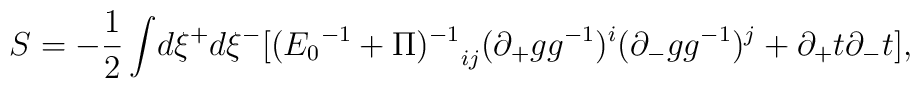
S = -\frac{1}{2}\int\!d\xi^{+}d\xi^{-}[{({E_0}^{-1} + \Pi)^{-1}}_{ij}(\partial_{+}g g^{-1})^i (\partial_{-}g g^{-1})^j + \partial_{+}t \partial_{-}t],